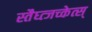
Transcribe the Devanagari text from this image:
स्तैघ्त्जच्केत्स्